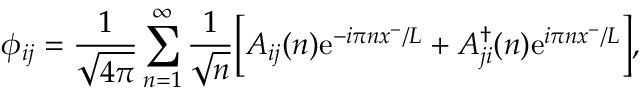
\phi _ { i j } = \frac { 1 } { \sqrt { 4 \pi } } \sum _ { n = 1 } ^ { \infty } \frac { 1 } { \sqrt { n } } \bigg [ A _ { i j } ( n ) \mathrm { e } ^ { - i \pi n x ^ { - } / L } + A _ { j i } ^ { \dag } ( n ) \mathrm { e } ^ { i \pi n x ^ { - } / L } \bigg ] ,